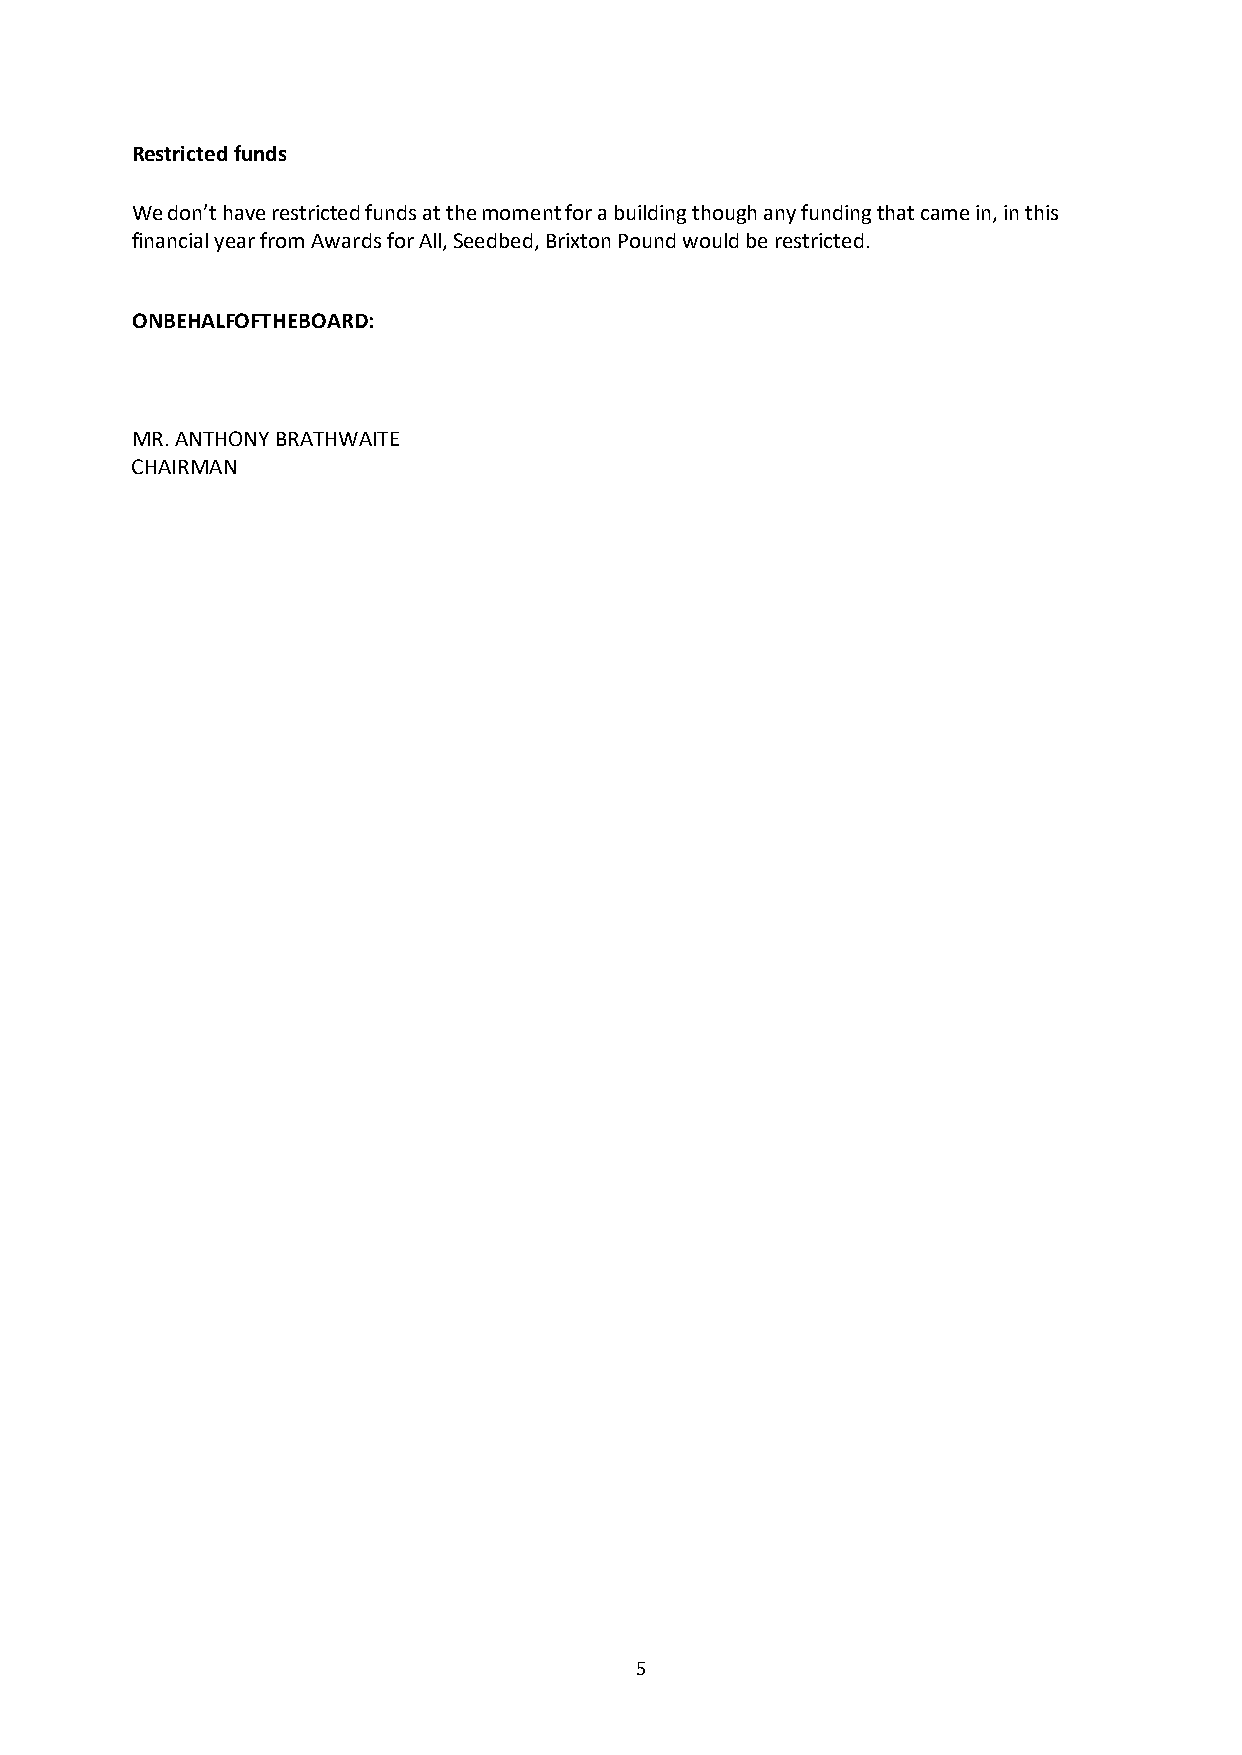
Restricted funds
 We don’t have restricted funds at the moment for a building though any funding that came in, in this
 financial year from Awards for All, Seedbed, Brixton Pound would be restricted.
 ONBEHALFOFTHEBOARD:
 MR. ANTHONY BRATHWAITE
 CHAIRMAN
 5